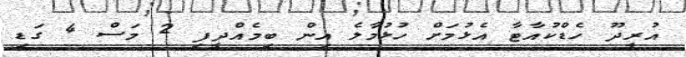
އުރީދޫ ހެޑްކުއާޓާ އެޅުމަށް ހުޅުމާލެ އިން ބިމެއްދީފި 2 މަސް 4 ގަޑި